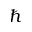
\hbar